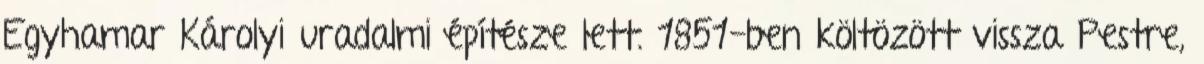
Egyhamar Károlyi uradalmi építésze lett. 1851-ben költözött vissza Pestre,